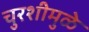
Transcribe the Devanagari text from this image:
चुरशीमुळे